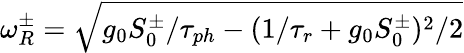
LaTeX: \omega_{R}^{\pm}=\sqrt{g_{0}S_{0}^{\pm}/\tau_{ph}-(1/\tau_{r}+g_{0}S_{0}^{\pm})^{2}/2}